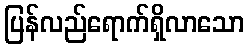
ပြန်လည်ရောက်ရှိလာသော